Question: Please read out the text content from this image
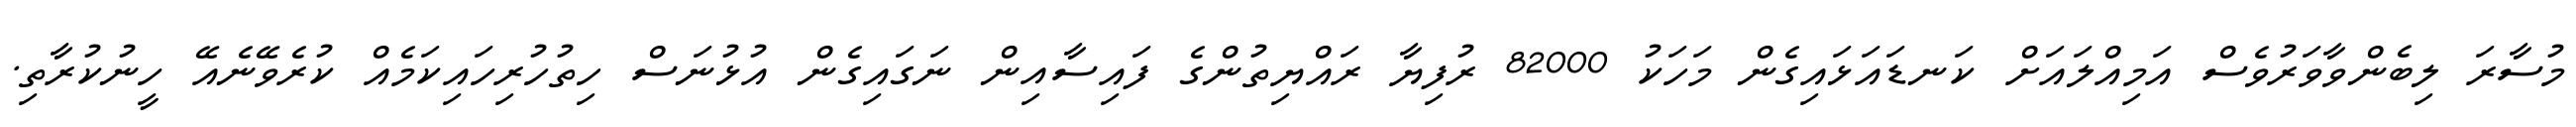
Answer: މުސާރަ ލިބެންވާވަރުވެސް އަމިއްލައަށް ކަނޑައަޅައިގެން މަހަކު 82000 ރުފިޔާ ރައްޔިތުންގެ ފައިސާއިން ނަގައިގެން އުޅުނަސް ހިތުހުރިހައިކަމެއް ކުރެވޭނެއޭ ހީނުކުރާތި.